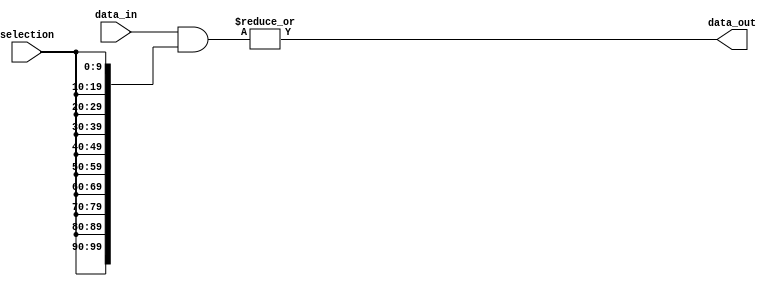
module multiplexer_1024to1 (
    input [1023:0] data_in,
    input [9:0] selection,
    output reg data_out
);

reg [1023:0] and_results;
wire or_result;

assign or_result = |and_results;

always @ (data_in, selection) begin
    and_results = data_in & {10{selection}};
    data_out = or_result;
end

endmodule